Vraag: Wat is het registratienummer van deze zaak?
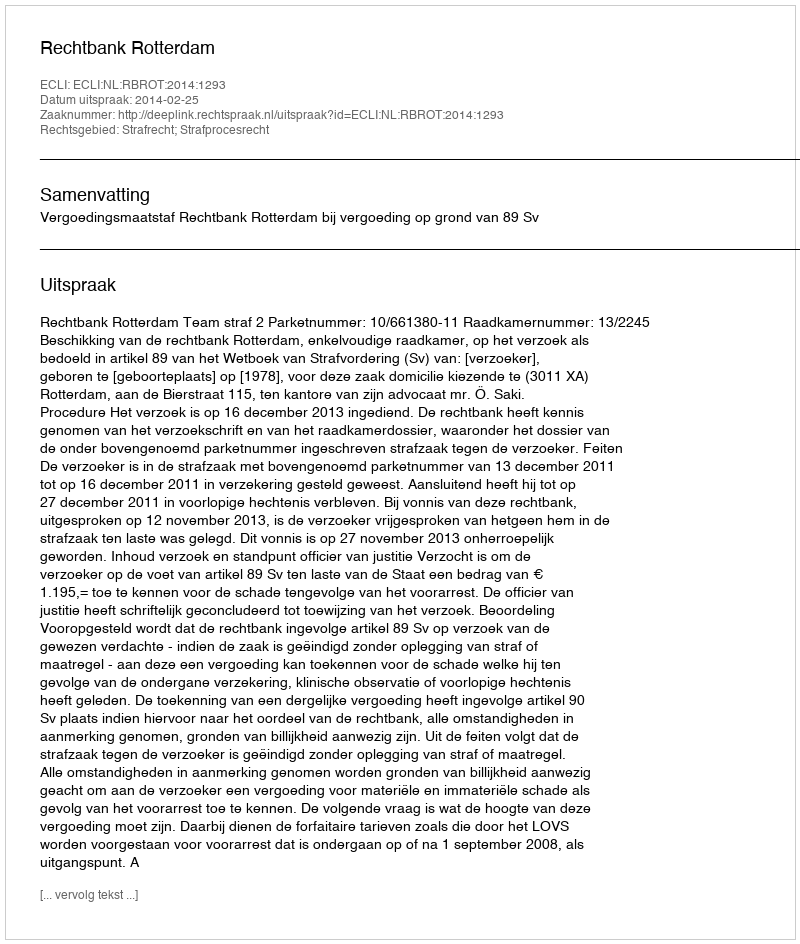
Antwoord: http://deeplink.rechtspraak.nl/uitspraak?id=ECLI:NL:RBROT:2014:1293